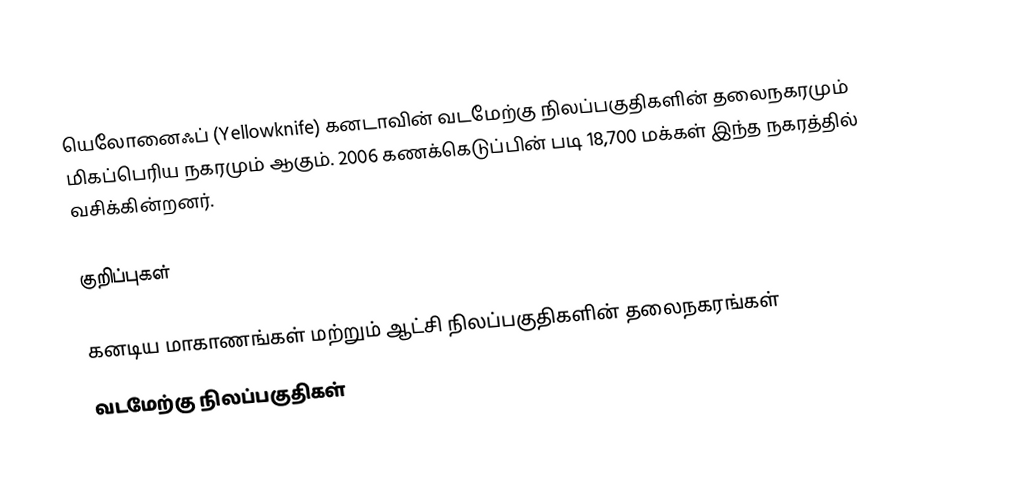
யெலோனைஃப் (Yellowknife) கனடாவின் வடமேற்கு நிலப்பகுதிகளின் தலைநகரமும் மிகப்பெரிய நகரமும் ஆகும். 2006 கணக்கெடுப்பின் படி 18,700 மக்கள் இந்த நகரத்தில் வசிக்கின்றனர்.

குறிப்புகள்

கனடிய மாகாணங்கள் மற்றும் ஆட்சி நிலப்பகுதிகளின் தலைநகரங்கள்
வடமேற்கு நிலப்பகுதிகள்